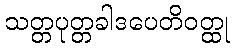
သတ္တပုတ္တခါဒပေတိဝတ္ထု